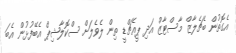
އެގޮތުން ބެޗެލާޒް މާސްޓާޒް އަދި ޕީއެޗްޑީ ތިން ލެވެލަށް ސްކޮލާޝިޕް އެބޭފުޅުން އެބަ